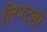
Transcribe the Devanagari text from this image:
लिफ्टही